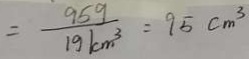
= \frac { 9 5 g } { 1 9 k m ^ { 3 } } = 9 5 c m ^ { 3 }